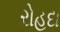
રોહદા